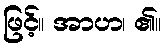
ဖြင့်။ အာဟ၊ ၏။